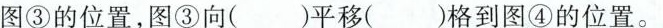
图③的位置，图③向（）平移（）格到图④的位置。